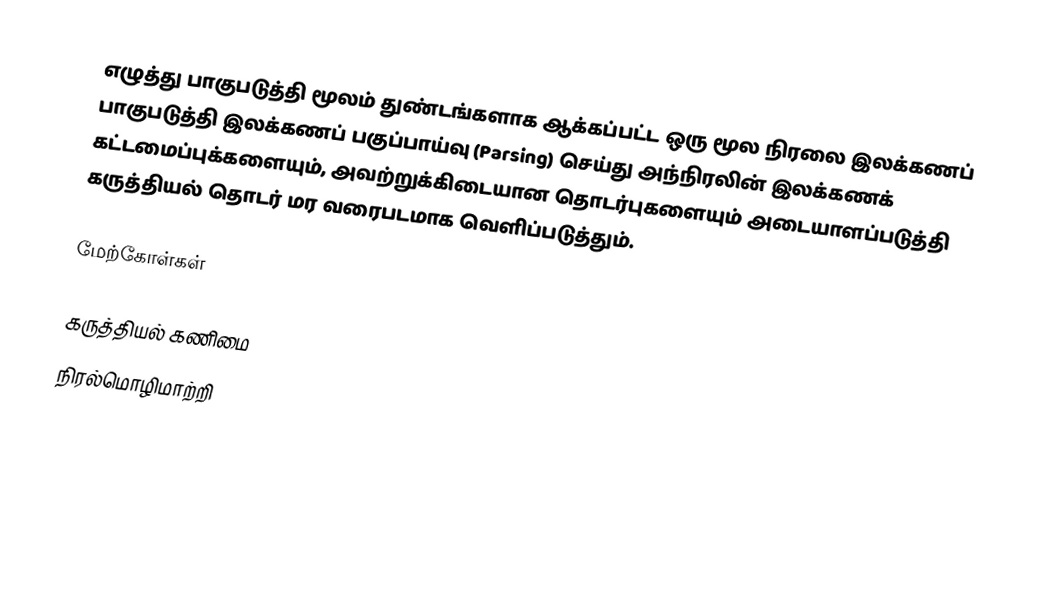
எழுத்து பாகுபடுத்தி மூலம் துண்டங்களாக ஆக்கப்பட்ட ஒரு மூல நிரலை இலக்கணப் பாகுபடுத்தி இலக்கணப் பகுப்பாய்வு (Parsing) செய்து அந்நிரலின் இலக்கணக் கட்டமைப்புக்களையும், அவற்றுக்கிடையான தொடர்புகளையும் அடையாளப்படுத்தி கருத்தியல் தொடர் மர வரைபடமாக வெளிப்படுத்தும்.

மேற்கோள்கள்

கருத்தியல் கணிமை
நிரல்மொழிமாற்றி